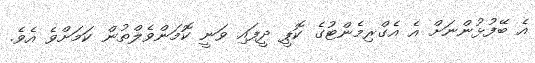
އެ ބޭފުޅުންނަށް އެ އެގްރިމެންޓުގެ ކޮޕީ ދީފައި ވަނީ ކޮމަންވެލްތުން ކަމަށްވެ އެވެ.